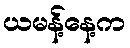
ယမန့်နေ့က